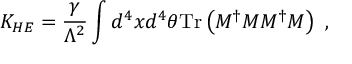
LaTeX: K _ { H E } = { \frac { \gamma } { \Lambda ^ { 2 } } } \int d ^ { 4 } x d ^ { 4 } \theta \mathrm { T r } \left( M ^ { \dag } M M ^ { \dag } M \right) \ ,